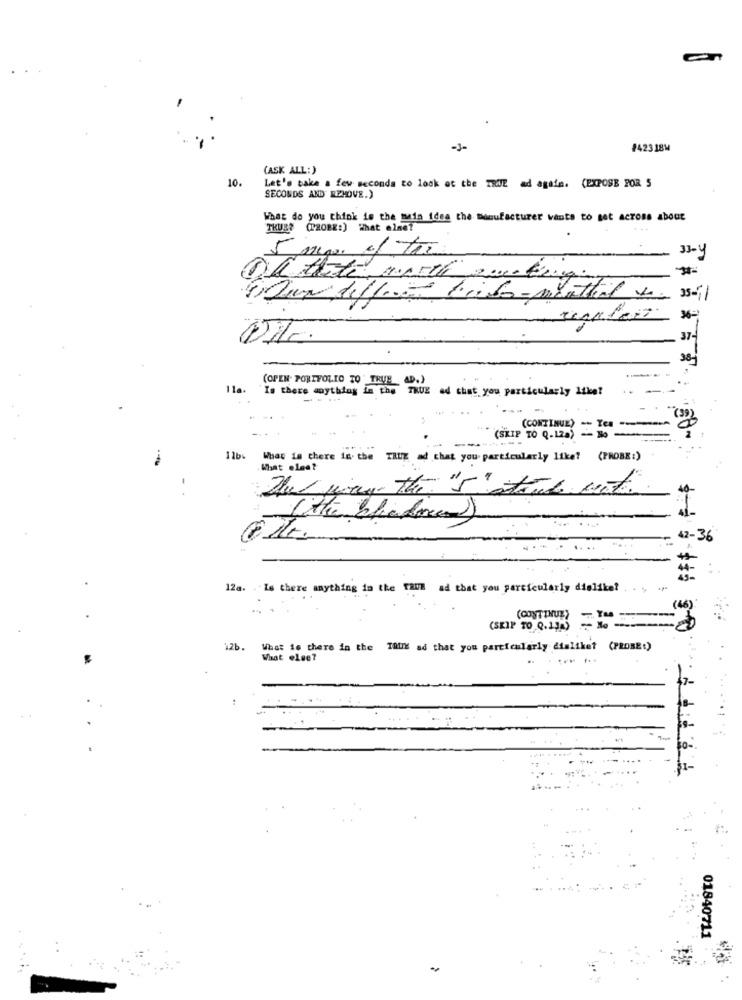
-J-
#42318M
(ASK ALL:)
10.
Let's take a few seconds to look at the TRUE ad again. (EXPOSE POR 5
SECONDS AND REMOVE.)
What do you think is the main idea the manufacturer wants to set across about
TRUE? (PROBE:) What else?
33-4
36-
37-
38]
(OPEN PORTFOLIO TO" TRUE_ AD.)
-
Is there anything in the TRUE ad that you particularly like?
(CONTINUE) - Yes 8
(SKIP TO Q.120) -30
11b
What is there in the TRUE ad that you particularly like? (PROBE:)
What else?
The way the "S" stort mate.
it Cithe blafre
42-36
12a. . Is there anything in the TRUE ad that you particularly dislike?
-- -
(46)
(CONTINUE) -TM -
(SKIP TO 0.11g) =No
126.
What is there in the TRIX ad that you particularly disliket (PROBE:)
What else?
01840711